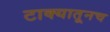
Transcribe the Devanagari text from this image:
टाक्यातूनच